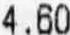
4.60